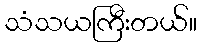
သံသယကြီးတယ်။